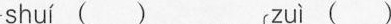
shuí ( ) zuì ( )